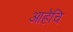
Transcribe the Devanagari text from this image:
आहेचि